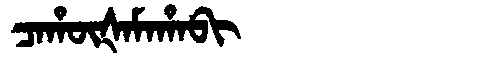
Manchu: ᠴᠠᡥᡡᡧᠠᠮᠠᡥᠠᠪᡳ
Romanization: CAHŪŠAMAHABI